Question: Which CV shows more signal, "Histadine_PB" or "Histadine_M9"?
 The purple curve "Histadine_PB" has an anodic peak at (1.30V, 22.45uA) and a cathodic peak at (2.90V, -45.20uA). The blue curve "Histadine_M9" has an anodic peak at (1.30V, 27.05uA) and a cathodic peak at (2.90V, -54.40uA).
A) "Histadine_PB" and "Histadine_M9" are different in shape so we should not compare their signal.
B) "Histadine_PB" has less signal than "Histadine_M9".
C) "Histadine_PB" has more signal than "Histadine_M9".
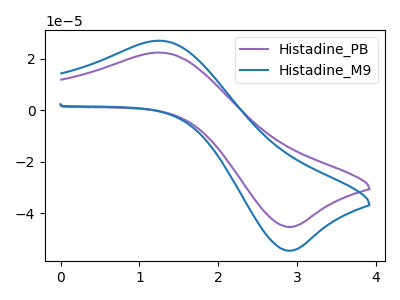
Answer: <think>All the peaks in "Histadine_PB" have a peak in "Histadine_M9" at the same potential. Every peak in "Histadine_PB" is lower than every peak in "Histadine_M9".
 </think>
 <answer>B) "Histadine_PB" has less signal than "Histadine_M9".</answer>
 <eval>B</eval>